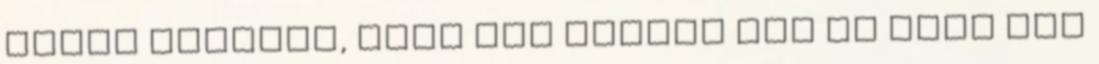
arról szóltak, amit nem tettem meg és amit meg